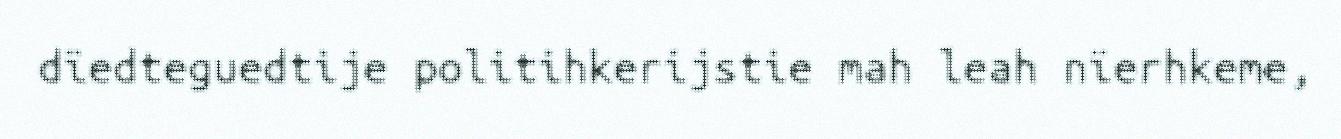
dïedteguedtije politihkerijstie mah leah nïerhkeme,